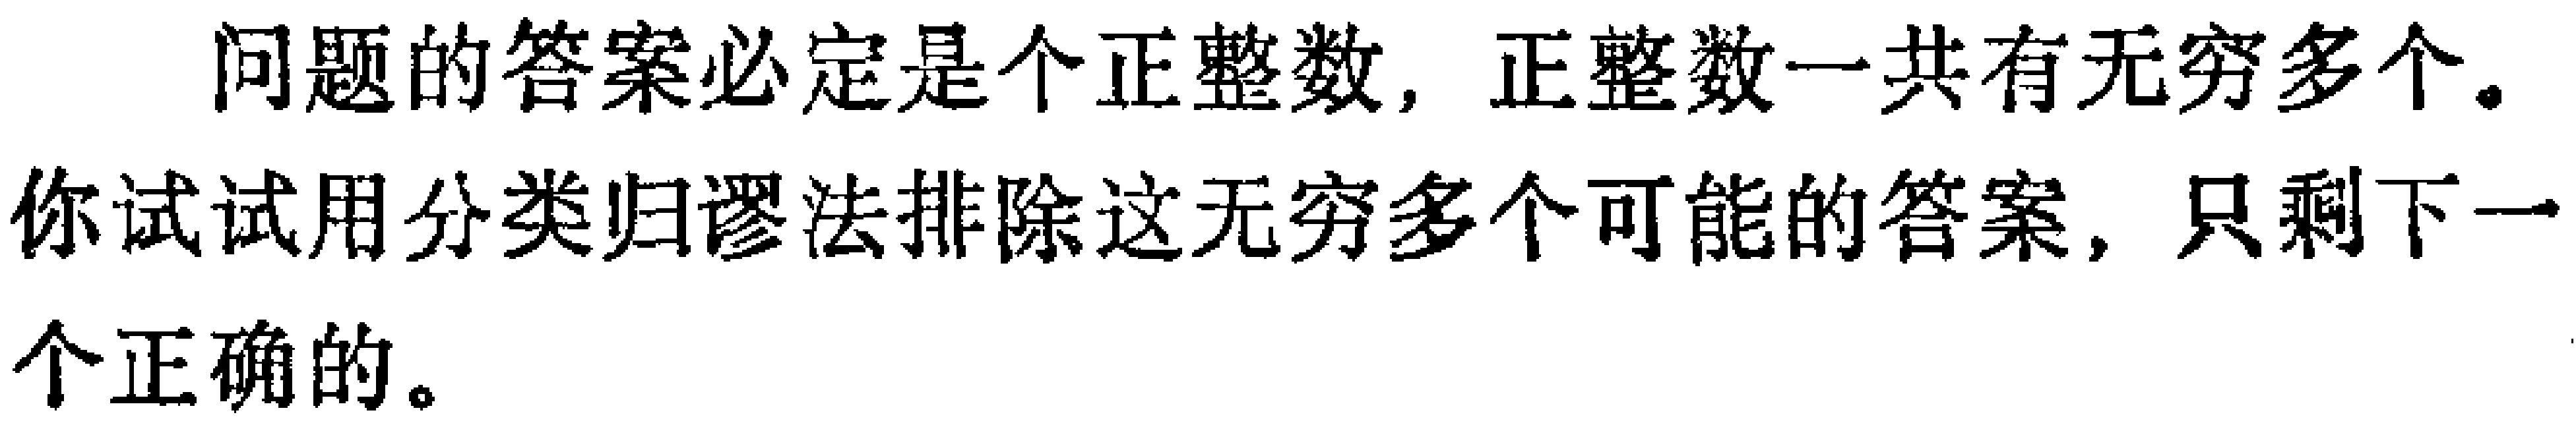
问题的答案必定是个正整数，正整数一共有无穷多个。你试试用分类归谬法排除这无穷多个可能的答案，只剩下一个正确的。